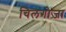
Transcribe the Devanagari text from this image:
चिलगोज़ा